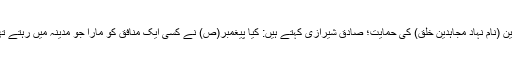
منافقین (نام نہاد مجاہدین خلق) کی حمایت؛ صادق شیرازی کہتے ہیں: کیا پیغمبر(ص) نے کسی ایک منافق کو مارا جو مدینہ میں رہتے تھے؟